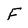
Character: F